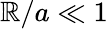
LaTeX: \mathbb{R}/a\ll1